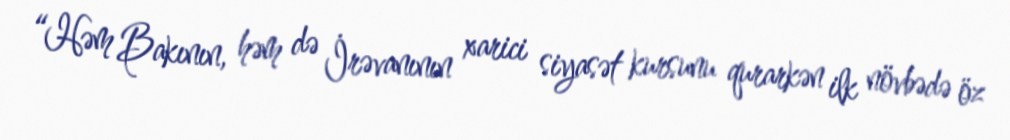
“Həm Bakının, həm də İrəvanının xarici siyasət kursunu qurarkən ilk növbədə öz